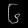
Digit: ၆